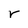
Character: r